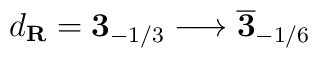
d_{\bf R}={\bf 3}_{-1/3}  \longrightarrow  \overline {\bf 3}_{-1/6}